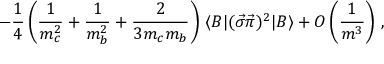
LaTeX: - \frac { 1 } { 4 } \left( \frac { 1 } { m _ { c } ^ { 2 } } + \frac { 1 } { m _ { b } ^ { 2 } } + \frac { 2 } { 3 m _ { c } m _ { b } } \right) \, \langle B | ( \vec { \sigma } \vec { \pi } ) ^ { 2 } | B \rangle + { \cal O } \left( \frac { 1 } { m ^ { 3 } } \right) \, ,